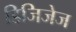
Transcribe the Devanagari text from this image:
डिजिजेज